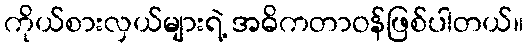
ကိုယ်စားလှယ်များရဲ့ အဓိကတာဝန်ဖြစ်ပါတယ်။